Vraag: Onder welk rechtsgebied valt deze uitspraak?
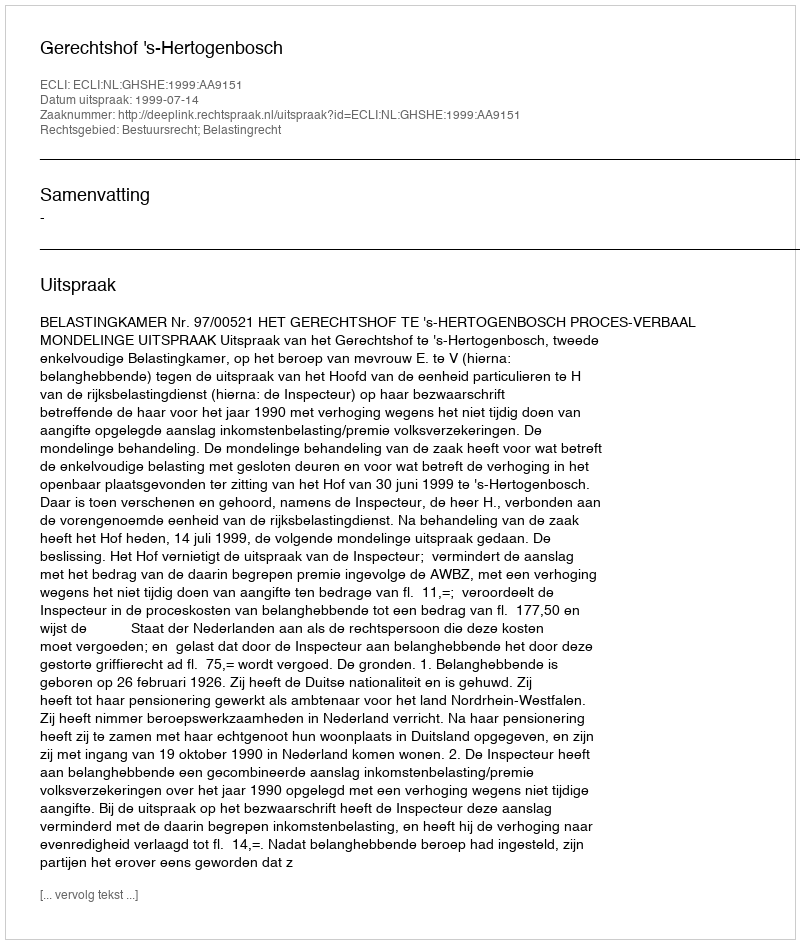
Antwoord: Bestuursrecht; Belastingrecht